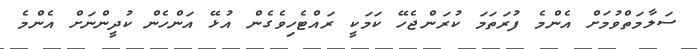
ސަލާމަތްވުމަށް އެންމެ ފުރަތަމަ ކުރަންޖެހޭ ކަމަކީ ރައްޓެހިވެގެން އުޅޭ އަންހެން ކުދީންނަށް އެންމެ